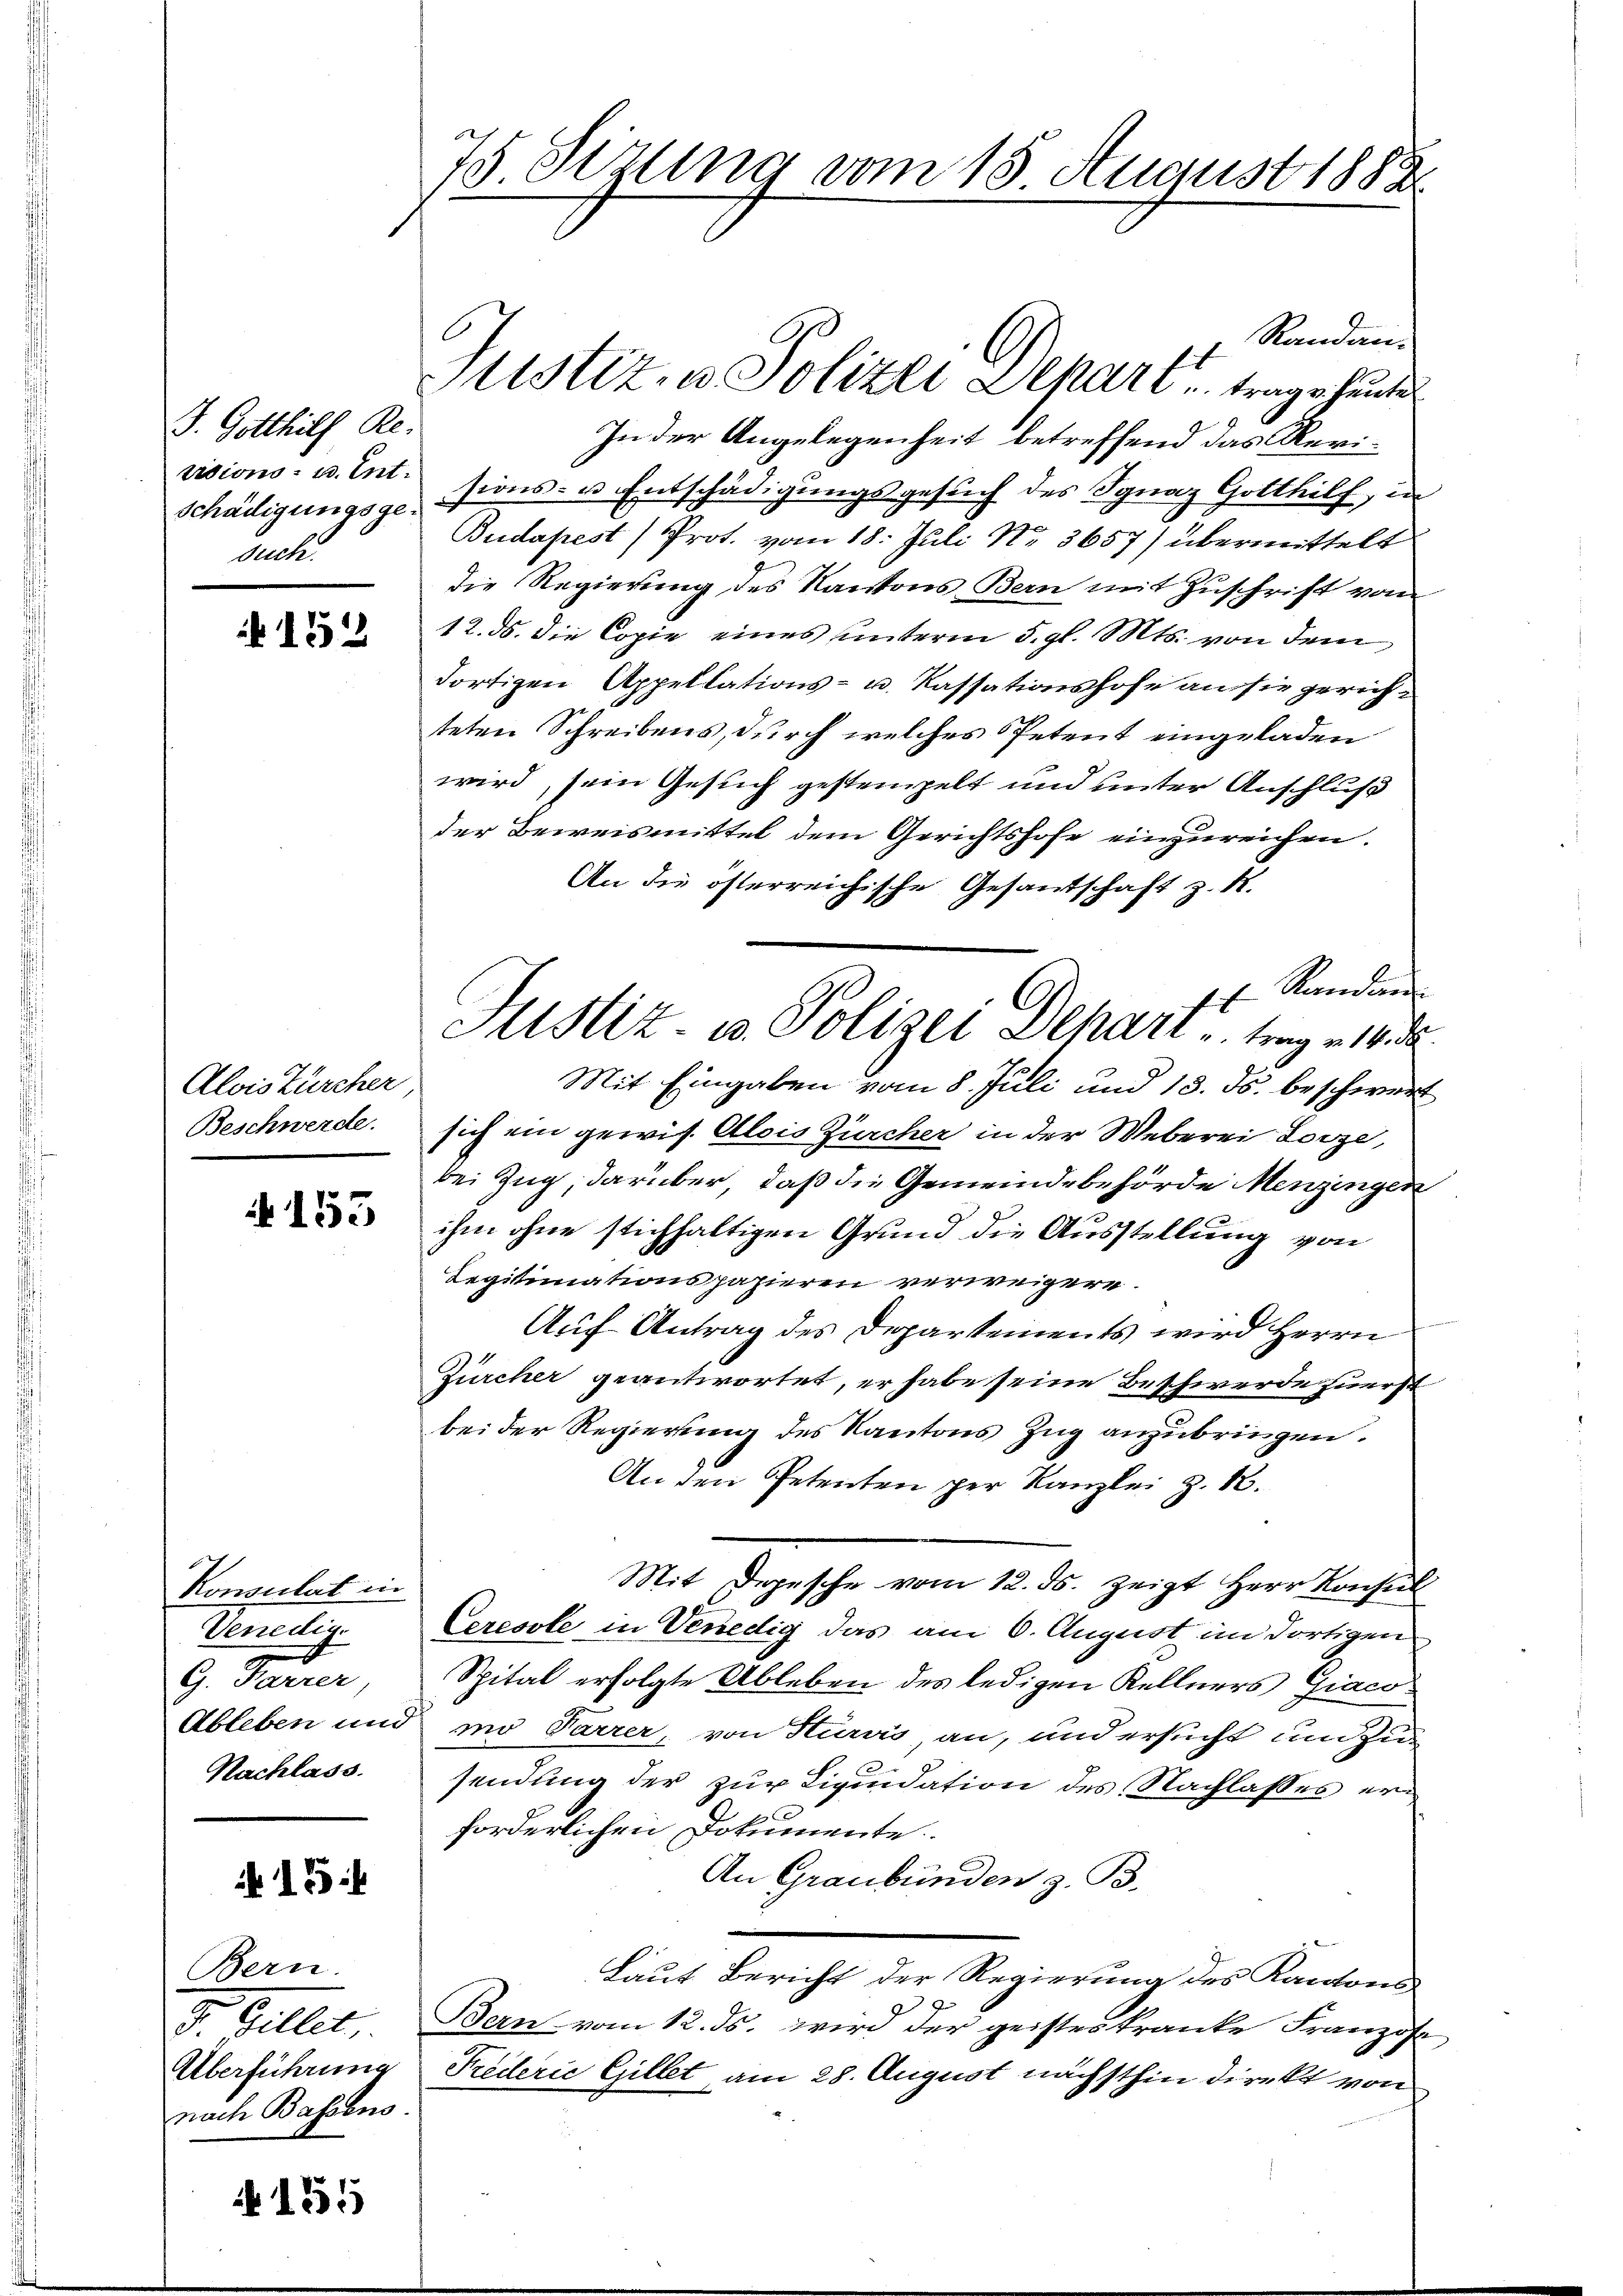
J. Gotthilf Revisions- u. Ent
Schädigungsgesuch.

152

Alois Zürcher
Beschwerde.

A 153

Konsulat in
Venedig
G. Farrer,
Ableben und
Nachlass.

154

Bern.
d. Galler.
Überführung
nach Bassens.

155

75 Sizung vom 15. August 1888.

Randan¬
Astiz, u. Polizei Separt trage heutet
In der Angelegenheit betreffend das Revisions- u. Entschädigungsgesuch des Ignaz Gotthilf, in
Budapest) Prot. vom 18. Juli N. 3657) übermittelt
die Regierung des Kantons Bern mit Zuschrift von
12. ds. die Copie eines unterm 5. gl. Mts. von dem
dortigen Appellations- u. Kassationshofe an sie gerichteten Schreibens, durch welches Petent eingeladen
wird, sein Gesuch gestempelt und unter Anschluß
der Beweismittel dem Gerichtshofe einzureichen.
An die österreichische Gesandschaft z. R.
Standen
Mit Eingaben vom 8. Juli und 13. ds. beschwert
sich ein gewis. Alois Zürcher in der Weberei Lorze,
bei Zug, darüber, daß die Gemeindebehörde Menzingen
ihm ohne stichhaltigen Grund die Ausstellung von
Legitimationspazieren verweigere.
Auf Antrag des Departements wird Herrn
Zürcher geantwortet, er habe seine Beschwerde zuerst
bei der Regierung des Kantons Zug anzubringen.
An den Petenten per Kanzlei z. B.
Mit Depesche vom 12. ds. zeigt Herr Konsul
Ceresole in Venedig das am 6. August im dortigen
Spital erfolgte Ableben des ledigen Kellners Giacomo Parrer von Sturnis, an, und ersucht um zusendung der zur Liquidation des Nachlasses erforderlichen Dokumente.
An Graubünden z. B.
Laut Bericht der Regierung des Kantons
Bern vom 12. ds. wird der geisteskranke Franzose
Trederie Gillet, am 28. August nächsthin direkt von

Justiz- u. Polizei Dehart trag 14 d